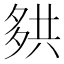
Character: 𰋑